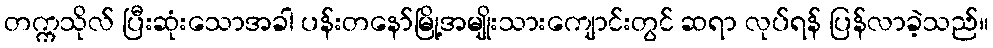
တက္ကသိုလ် ပြီးဆုံးသောအခါ ပန်းတနော်မြို့အမျိုးသားကျောင်းတွင် ဆရာ လုပ်ရန် ပြန်လာခဲ့သည်။